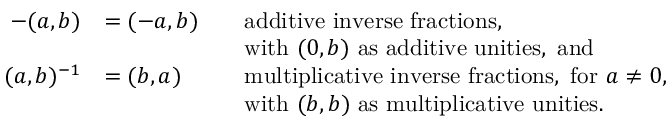
{ \begin{array} { r l r l } { - ( a , b ) } & { = ( - a , b ) } & & { { \mathrm { a d d i t i v e ~ i n v e r s e ~ f r a c t i o n s , } } } \\ & { } & & { { \mathrm { w i t h ~ } } ( 0 , b ) { \mathrm { ~ a s ~ a d d i t i v e ~ u n i t i e s , ~ a n d } } } \\ { ( a , b ) ^ { - 1 } } & { = ( b , a ) } & & { { \mathrm { m u l t i p l i c a t i v e ~ i n v e r s e ~ f r a c t i o n s , ~ f o r ~ } } a \neq 0 , } \\ & { } & & { { \mathrm { w i t h ~ } } ( b , b ) { \mathrm { ~ a s ~ m u l t i p l i c a t i v e ~ u n i t i e s } } . } \end{array} }